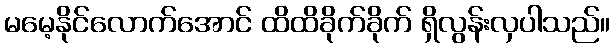
မမေ့နိုင်လောက်အောင် ထိထိခိုက်ခိုက် ရှိလွန်းလှပါသည်။